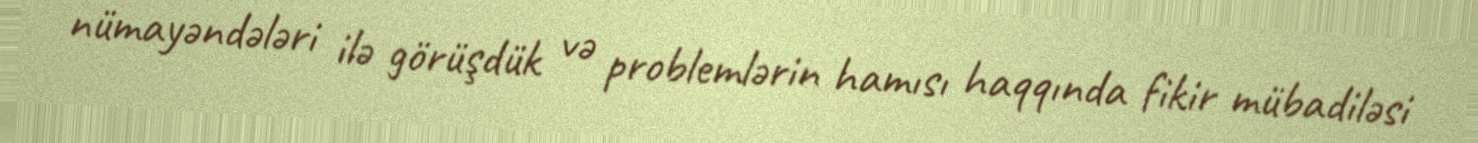
nümayəndələri ilə görüşdük və problemlərin hamısı haqqında fikir mübadiləsi